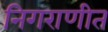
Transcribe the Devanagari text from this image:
निगराणीत